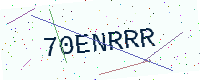
Text: 70ENRRR